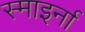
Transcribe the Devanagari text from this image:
स्माइर्ना